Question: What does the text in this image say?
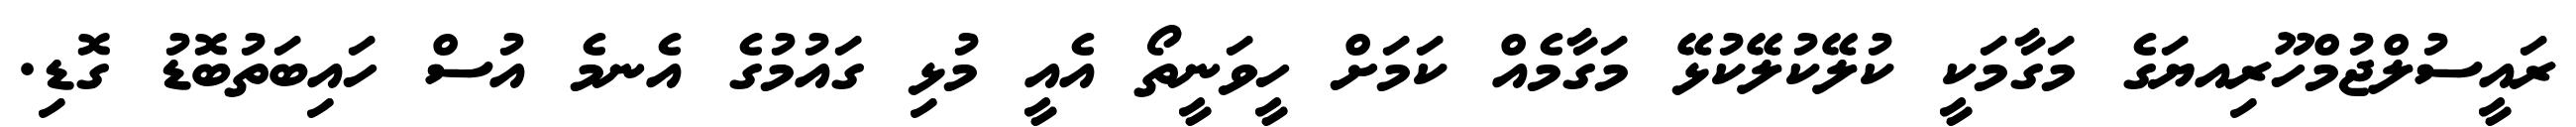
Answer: ރައީސުލްޖުމްހޫރިއޔަގެ މަގާމަކީ ކުލޭކުލޭކުޅޭ މަގާމެއް ކަމަށް ހީވަނީތޯ އެއީ މުޅި ގައުމުގެ އެނމެ އުސް ހައިބަތުބޮޑު ގޮޑި.